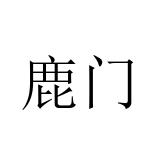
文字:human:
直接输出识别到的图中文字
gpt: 鹿门